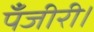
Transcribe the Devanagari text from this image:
पँजीरी।